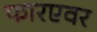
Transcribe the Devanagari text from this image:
फारएवर